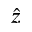
\hat { z }